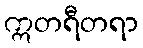
ဣတရီတရာ